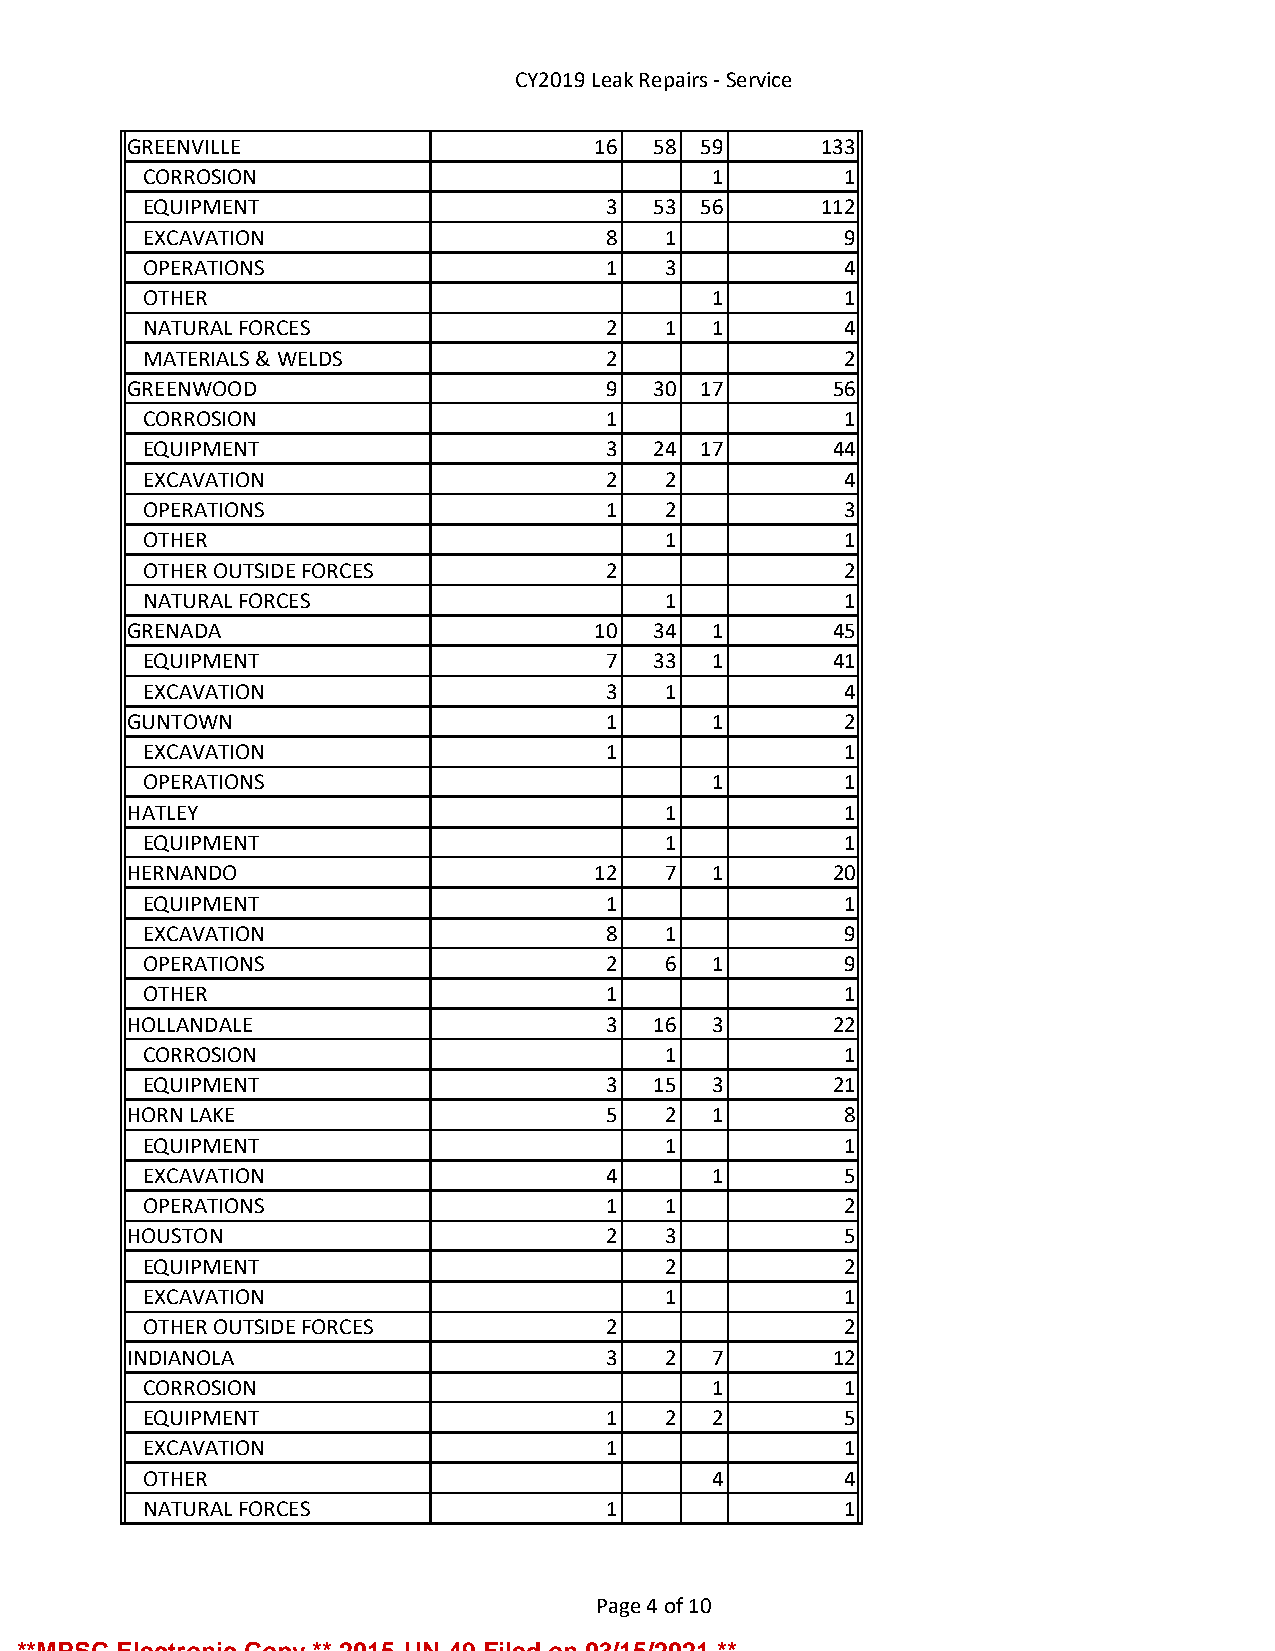
CY2019 Leak Repairs - Service
 GREENVILLE                     16 58  59      133
 CORROSION                            1        1
 EQUIPMENT                     3  53  56      112
 EXCAVATION                    8   1           9
 OPERATIONS                    1   3           4
 OTHER                                1        1
 NATURAL FORCES                2   1  1        4
 MATERIALS & WELDS             2               2
 GREENWOOD                      9  30  17      56
 CORROSION                     1               1
 EQUIPMENT                     3  24  17      44
 EXCAVATION                    2   2           4
 OPERATIONS                    1   2           3
 OTHER                             1           1
 OTHER OUTSIDE FORCES          2               2
 NATURAL FORCES                    1           1
 GRENADA                        10 34  1       45
 EQUIPMENT                     7  33  1       41
 EXCAVATION                    3   1           4
 GUNTOWN                        1      1        2
 EXCAVATION                    1               1
 OPERATIONS                           1        1
 HATLEY                             1           1
 EQUIPMENT                         1           1
 HERNANDO                       12  7  1       20
 EQUIPMENT                     1               1
 EXCAVATION                    8   1           9
 OPERATIONS                    2   6  1        9
 OTHER                         1               1
 HOLLANDALE                     3  16  3       22
 CORROSION                         1           1
 EQUIPMENT                     3  15  3       21
 HORN LAKE                      5   2  1        8
 EQUIPMENT                         1           1
 EXCAVATION                    4      1        5
 OPERATIONS                    1   1           2
 HOUSTON                        2   3           5
 EQUIPMENT                         2           2
 EXCAVATION                        1           1
 OTHER OUTSIDE FORCES          2               2
 INDIANOLA                      3   2  7       12
 CORROSION                            1        1
 EQUIPMENT                     1   2  2        5
 EXCAVATION                    1               1
 OTHER                                4        4
 NATURAL FORCES                1               1
 Page 4 of 10
 **MPSC Electronic Copy ** 2015-UN-49 Filed on 03/15/2021 **